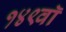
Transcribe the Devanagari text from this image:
१४९वॉ